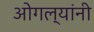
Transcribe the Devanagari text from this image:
ओगल्यांनी